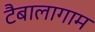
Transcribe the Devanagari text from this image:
टैबालागाम